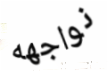
نواجهه